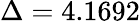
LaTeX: \Delta=4.1692